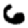
Digit: 6